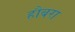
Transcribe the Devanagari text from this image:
हौबरा